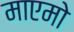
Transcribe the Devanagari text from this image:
माएमो